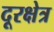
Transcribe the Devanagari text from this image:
दूरक्षेत्र